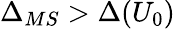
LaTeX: \Delta_{MS}>\Delta(U_{0})